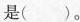
是( )。